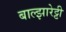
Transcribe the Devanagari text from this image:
बाल्झारेट्टी